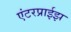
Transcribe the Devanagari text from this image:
एंटरप्राईझ